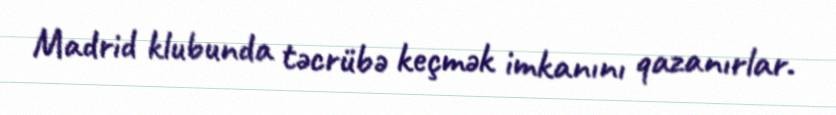
Madrid klubunda təcrübə keçmək imkanını qazanırlar.